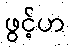
ဖွင့်ဟ